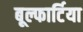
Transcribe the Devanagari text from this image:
बूल्फार्टिया